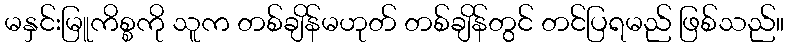
မနှင်းမြူကိစ္စကို သူက တစ်ချိန်မဟုတ် တစ်ချိန်တွင် တင်ပြရမည် ဖြစ်သည်။